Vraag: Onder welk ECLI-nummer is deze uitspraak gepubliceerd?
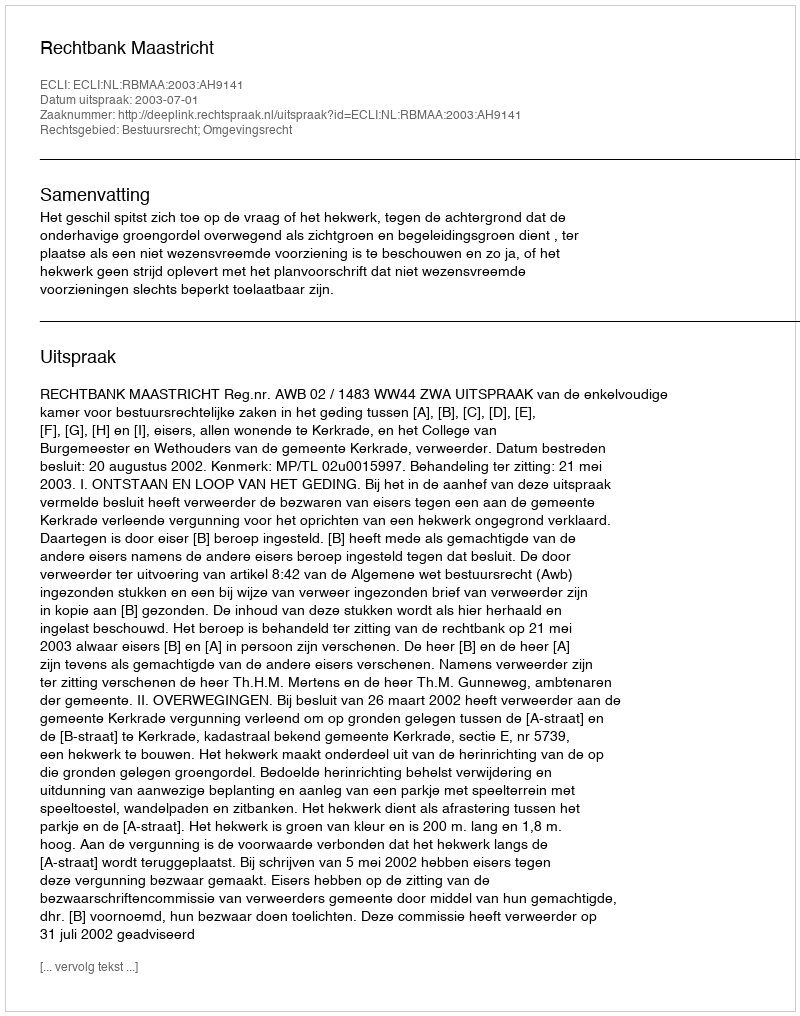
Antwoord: ECLI:NL:RBMAA:2003:AH9141